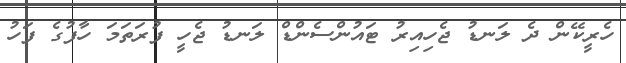
ހެރީކޭން ދެ ލަނޑު ޖެހިއިރު ޓައުންސެންޑް ލަނޑު ޖެހީ ފުރަތަމަ ހާފުގެ ފަހު